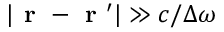
| \textbf { r } - \textbf { r } ^ { \prime } | \gg c / \Delta \omega